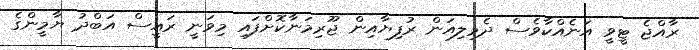
ރާއްޖެ ޓީވީ އަނެއްކާވެސް ދެމިލިއަން ރުފިޔާއިން ޖޫރިމަނާކޮށްފައި މިވަނީ ރައީސް އަބްދު ޔާމީންގެ